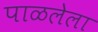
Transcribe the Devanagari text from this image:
पाळलेला